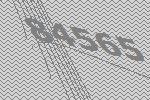
84565